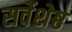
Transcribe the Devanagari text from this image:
सर्वेशेष्ठ